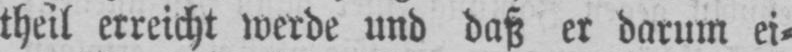
theil erreicht werde und daß er darum ei⸗